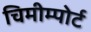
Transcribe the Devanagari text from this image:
चिमीम्पोर्ट